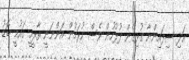
އަދި ސިފައިންނާ ގުޅިގެން ފުލުހުން ވެސް ކުރަމުން އަންނަނީ ތާރީހީ ގައުމީ ބޮޑު